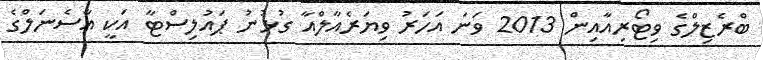
ބްރެޒިލްގެ ވިޓޯރިއާއިން 2013 ވަނަ އަހަރު ވިޔަރެއާލްއާ ގުޅުނު ޕައުލިސްޓާ އަކީ އާސެނަލްގެ